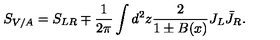
S _ { V / A } = S _ { L R } \mp \frac { 1 } { 2 \pi } \int d ^ { 2 } z \frac { 2 } { 1 \pm B ( x ) } J _ { L } \bar { J } _ { R } .